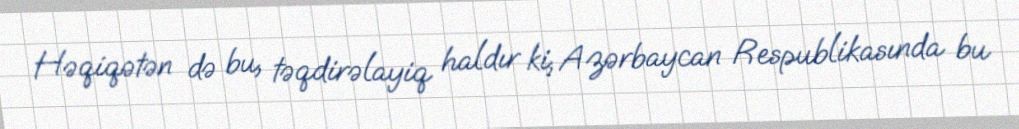
Həqiqətən də bu, təqdirəlayiq haldır ki, Azərbaycan Respublikasında bu